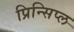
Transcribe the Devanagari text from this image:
प्रिन्सिप्ल